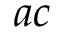
a c